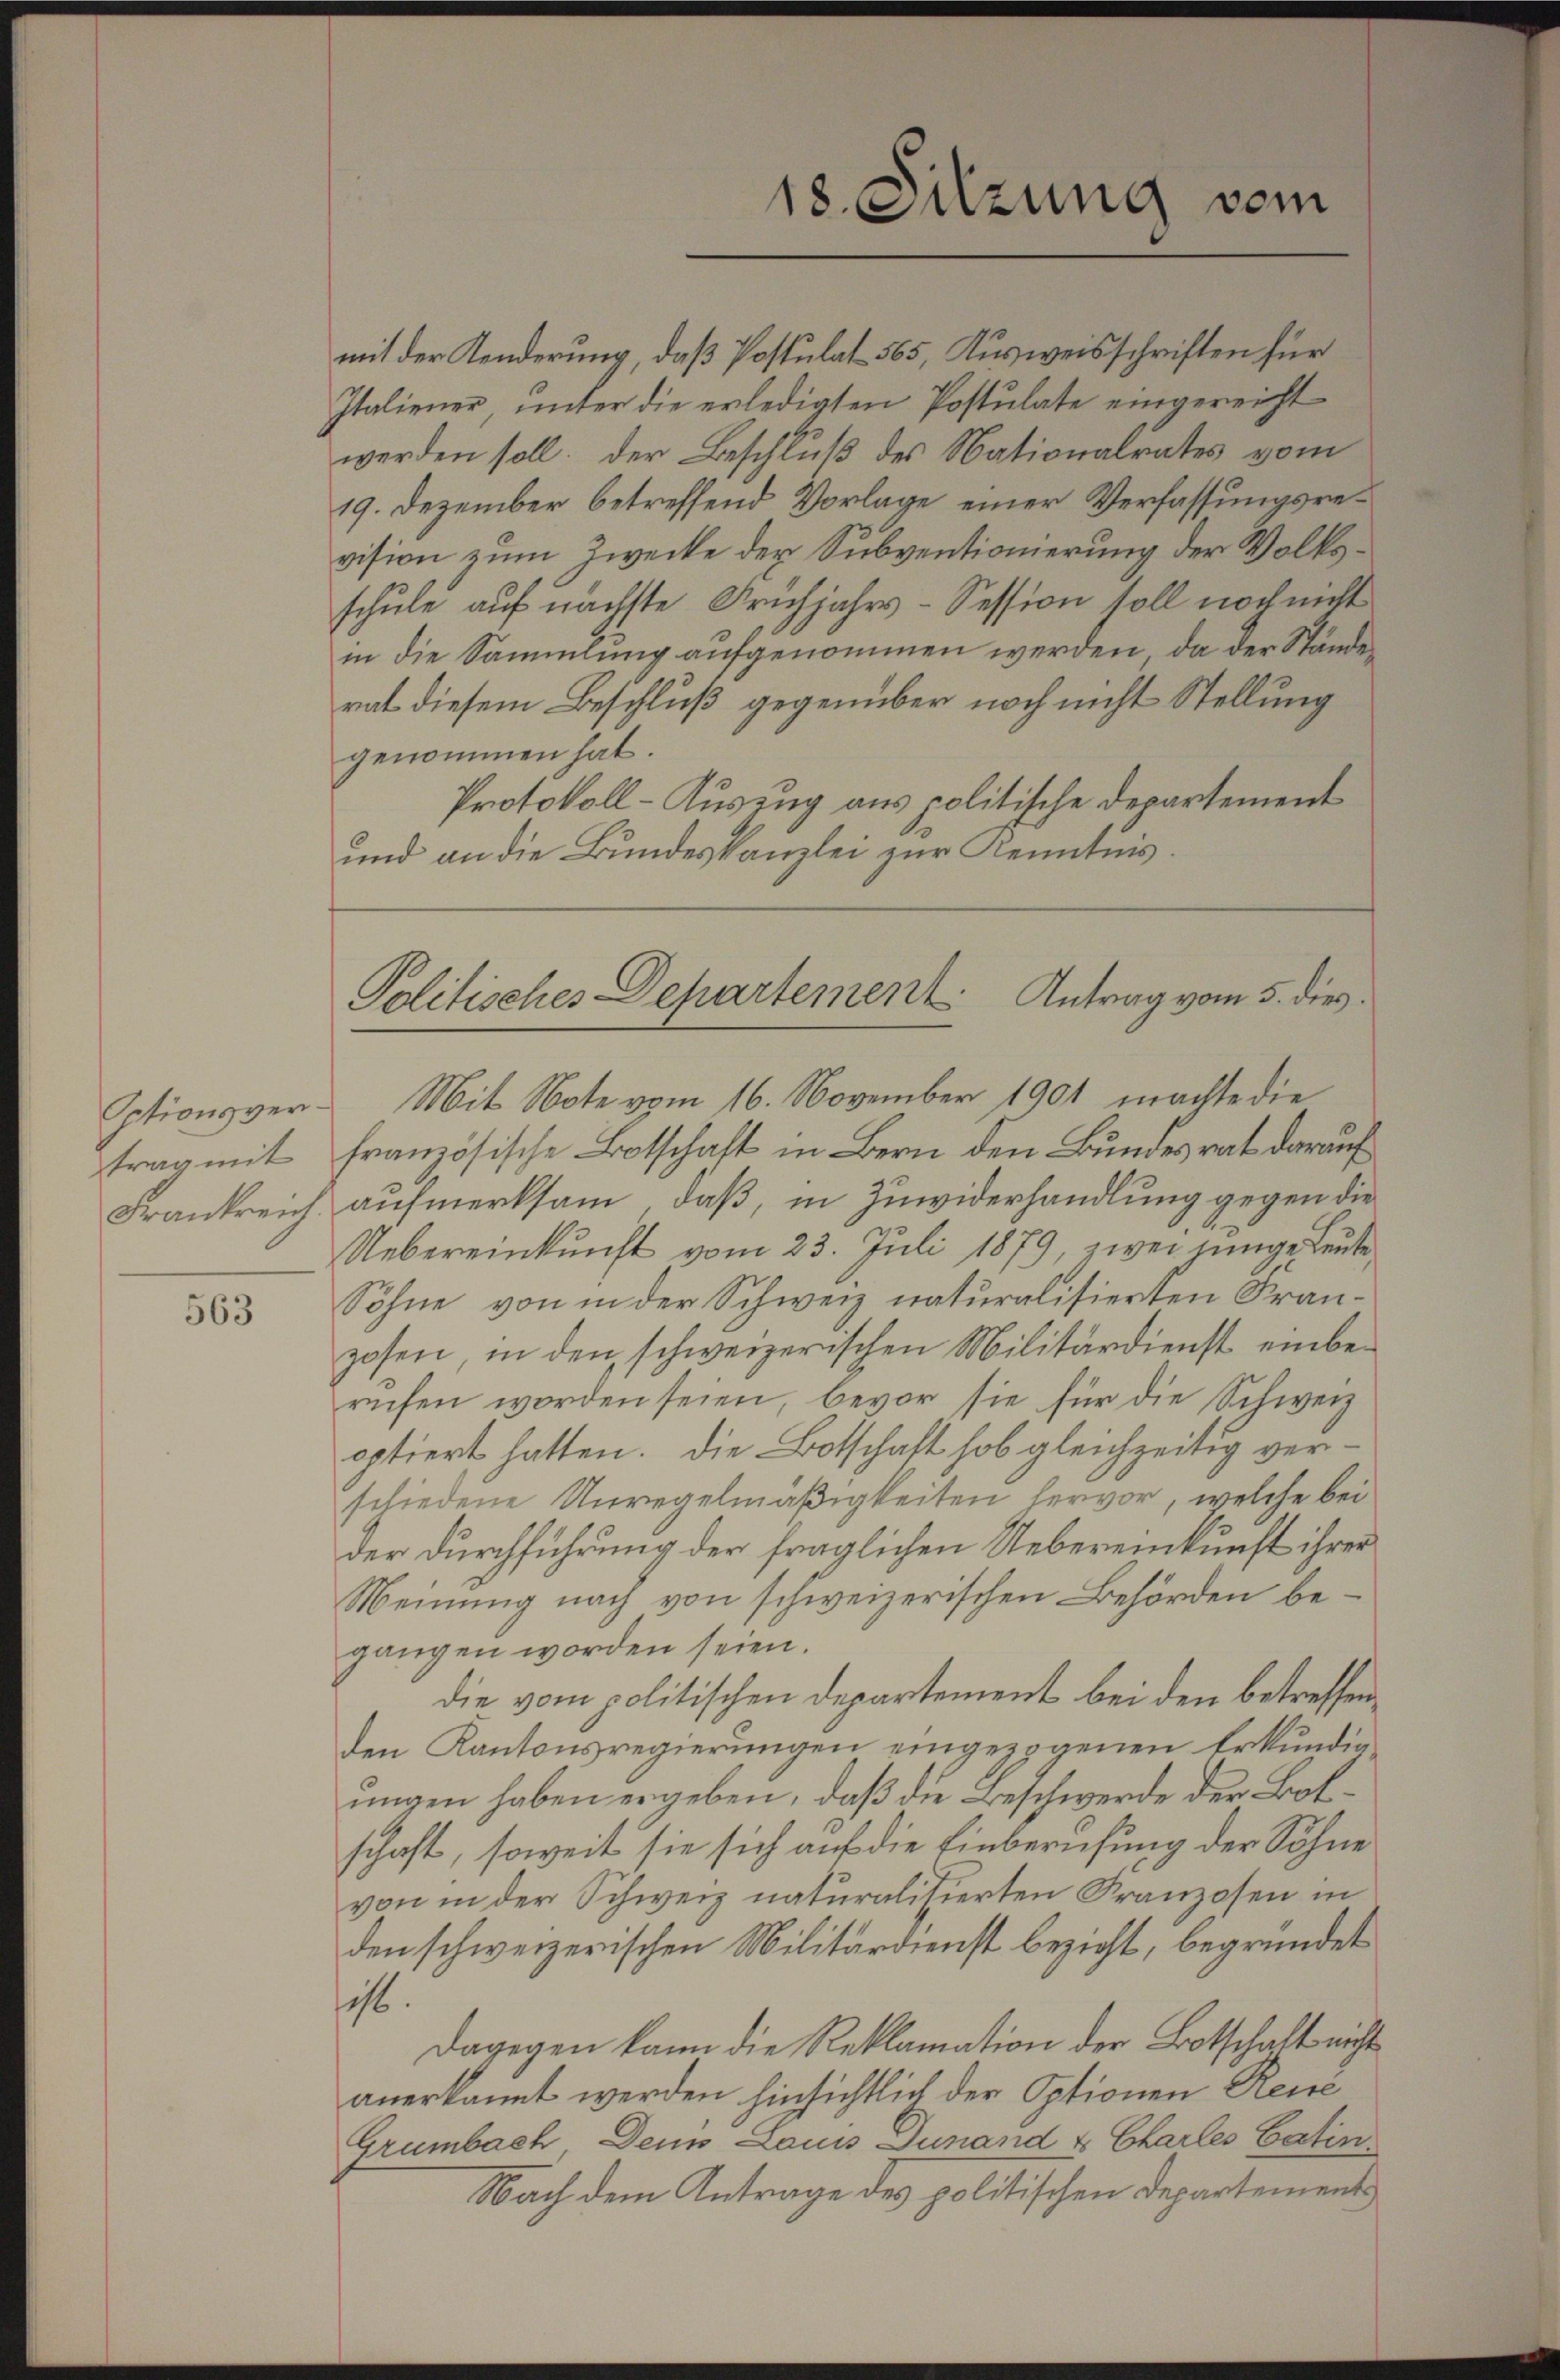
Optionsvertrag mit
Frankreich

563

mit der Konderung, daß Postulat 565, Ausweisschriften für
Italiener, unter die erledigten Postulate eingereicht
werden soll. Der Beschluß des Nationalrates vom
19. Dezember betreffend Vorlage einer Verfassungsrevision zum Zwecke der Subventionierung der Volksschule auf nächste Frühjahrs-Session soll noch nicht
in die Sammlung aufgenommen werden, da der Ständerat diesem Beschluß gegenüber noch nicht Stellung
genommen hat.
Protokoll-Auszug aus politische Departement
und an die Bundeskanzlei zur Kenntnis.

18. Sitzung vom

Politisches Departement. Antrag vom 5. dies

Mit Note vom 16. November 1901 machte die
französische Botschaft in Bern den Bundesrat darauf
aufmerksam, daß, in Zuwiderhandlung gegen die
Uebereinkunft vom 23. Juli 1879, zwei junge Leute
Söhne von in der Schweiz naturalisierten Franzosen, in den schweizerischen Militärdienst einbe-
rufen worden seien, bevor sie für die Schweiz
optiert hatten. Die Botschaft hob gleichzeitig verschiedene Unregelmäßigkeiten hervor, welche bei
der Durchführung der fraglichen Uebereinkunft ihrer
Meinung nach von schweizerischen Behörden begangen worden seien.
die vom politischen Departement bei den betreffenden Kantonsregierungen eingezogenen Erkundigungen haben ergeben, daß die Beschwerde der Botschaft, soweit sie sich auf die Einberufung der Söhne
von in der Schweiz naturalisierten Franzosen in
den schweizerischen Militärdienst bezieht, begründet
scht.
Dagegen kann die Reklamation der Botschaft nicht
anerkannt werden hinsichtlich der Optionen Reise
Grümbach, Denn Louis Junand & Charles Catin
Nach dem Antrage des politischen Departement¬